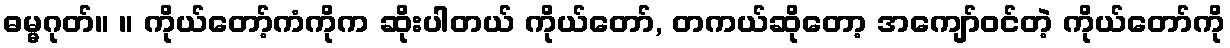
ဓမ္မဂုတ်။ ။ ကိုယ်တော့်ကံကိုက ဆိုးပါတယ် ကိုယ်တော်, တကယ်ဆိုတော့ အကျော်ဝင်တဲ့ ကိုယ်တော်ကို